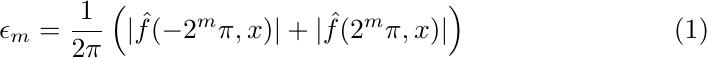
		\begin{equation}
			\epsilon_m = \frac{1}{2\pi}\left(|\hat{f}(-2^m\pi,x)| +|\hat{f}(2^m\pi,x)| \right)
		\end{equation}